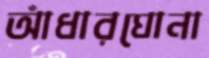
আঁধারঘোনা